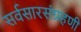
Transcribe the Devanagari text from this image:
सर्वसारसंग्रहणी